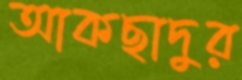
আকছাদুর